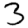
Digit: 3